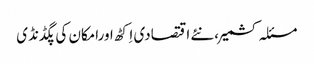
مسئلہ کشمیر،نئے اقتصادی اِکٹھ اورامکان کی پگڈنڈی